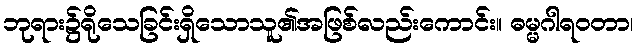
ဘုရား၌ရိုသေခြင်းရှိသောသူ၏အဖြစ်လည်းကောင်း။ ဓမ္မဂါရဝတာ၊